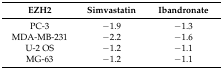
| EZH2 | Simvastatin | Ibandronate |
 | --- | --- | --- |
 | PC-3 | −1.9 | −1.3 |
 | MDA-MB-231 | −2.2 | −1.6 |
 | U-2 OS | −1.2 | −1.1 |
 | MG-63 | −1.2 | −1.1 |